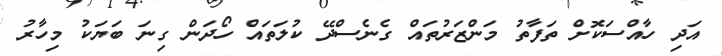
އަދި ހާއްސަކޮށް ތަފާތު މަންޒަރުތައް ގެނެސްދޭ ކުލަތައް ހޯދަން ގިނަ ބަޔަކު މިހާރު